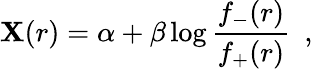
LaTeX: \mathbf{X}(r)=\alpha+\beta\log\frac{{f_{-}(r)}}{{f_{+}(r)}}~~,